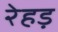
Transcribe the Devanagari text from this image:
रेहड़